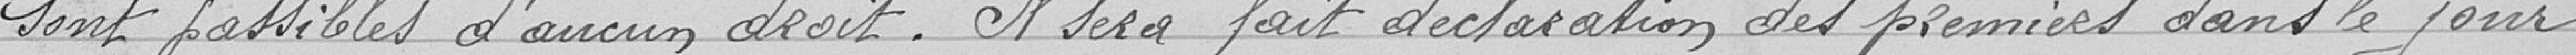
sont passibles d'aucun droit. Il sera fait déclaration des premiers dans le jour